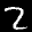
Label: 2